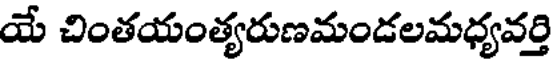
యే చింతయంత్యరుణమండలమధ్యవర్తి